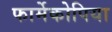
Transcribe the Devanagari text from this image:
फार्मेकोपिया